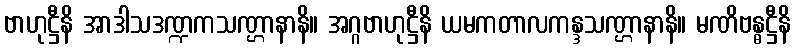
ဗာဟုဋ္ဌီနိ အာဒါသဒဏ္ဍကသဏ္ဌာနာနိ။ အဂ္ဂဗာဟုဋ္ဌီနိ ယမကတာလကန္ဒသဏ္ဌာနာနိ။ မဏိဗန္ဓဋ္ဌီနိ